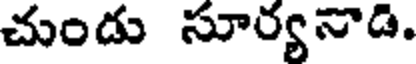
చుండు సూర్యనాడి.